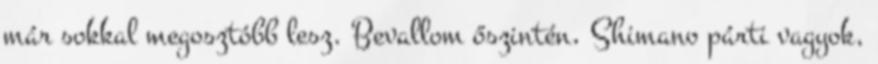
már sokkal megosztóbb lesz. Bevallom őszintén, Shimano párti vagyok,